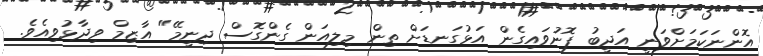
އޮންނަކަމަށްވަނީ އަދީބު ފޮނުވައިގެން އަޅުގަނޑަށް ތިން މިލިއަން ގެންގޮސް ދިނީމޭ" އާޒިމް ވިދާޅުވިއެވެ.